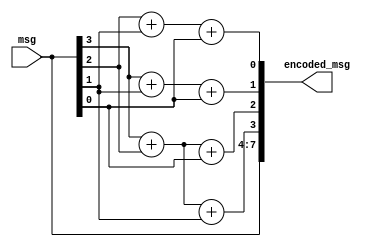
module msg_encoder (
msg,
encoded_msg			
);

input wire [3:0] msg;
output reg [7:0] encoded_msg;

reg p1;
reg p2;
reg p3;
reg p4;


always @(msg)
begin

p1 = msg[3] + msg[2] + msg[1];
p2 = msg[3] + msg[2] + msg[0];
p3 = msg[3] + msg[1] + msg[0];
p4 = msg[2] + msg[1] + msg[0];

encoded_msg = {msg[3],msg[2],msg[1],msg[0],p1,p2,p3,p4};

end
endmodule